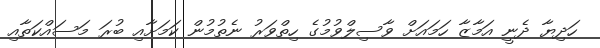
ހަދިޔާ ދެނީ އަމާޒާ ހަމައަށް ވާސިލްވުމުގެ ހިތްވަރު ނެތުމުން ކަމަށާއި ބުރަ މަސައްކަތާއި